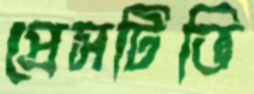
প্রেসটিভি